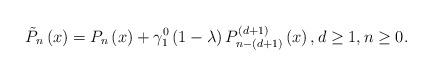
LaTeX: \begin{align*}\tilde{P}_{n}\left( x\right) =P_{n}\left( x\right) +\gamma _{1}^{0}\left(1-\lambda \right) P_{n-(d+1)}^{\left( d+1\right) }\left( x\right) ,d\geq 1,n\geq 0. \end{align*}